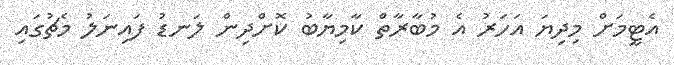
އެޓީމަށް މިދިޔަ އަހަރު އެ މުބާރާތް ކާމިޔާބު ކޮށްދިން ލަނޑު ފައިނަލު މެޗުގައި